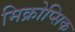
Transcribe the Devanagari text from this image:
मिक्रोप्सिक